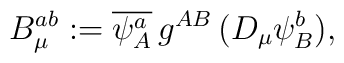
B_{\mu}^{ab} := \overline{\psi_A^a} \, g^{AB} \, (D_{\mu} \psi_B^b),